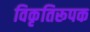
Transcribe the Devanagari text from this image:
विकृतिरूपक